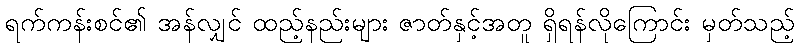
ရက်ကန်းစင်၏ အန်လျှင် ထည့်နည်းများ ဇာတ်နှင့်အတူ ရှိရန်လိုကြောင်း မှတ်သည့်